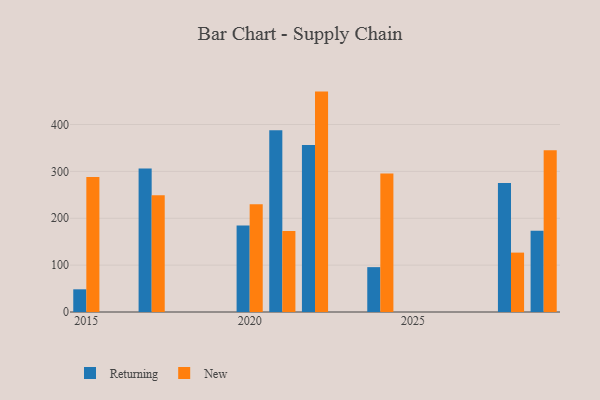
{"axis": {"x": "Year", "y": "Shipments"}, "legend": ["New", "Returning"], "data": [{"x": "2017", "y": 305.9, "type": "Returning"}, {"x": "2017", "y": 249.2, "type": "New"}, {"x": "2029", "y": 173.4, "type": "Returning"}, {"x": "2029", "y": 345.3, "type": "New"}, {"x": "2028", "y": 275.3, "type": "Returning"}, {"x": "2028", "y": 126.7, "type": "New"}, {"x": "2015", "y": 48.4, "type": "Returning"}, {"x": "2015", "y": 287.9, "type": "New"}, {"x": "2021", "y": 387.9, "type": "Returning"}, {"x": "2021", "y": 172.7, "type": "New"}, {"x": "2024", "y": 95.7, "type": "Returning"}, {"x": "2024", "y": 295.7, "type": "New"}, {"x": "2020", "y": 184.7, "type": "Returning"}, {"x": "2020", "y": 229.9, "type": "New"}, {"x": "2022", "y": 356.2, "type": "Returning"}, {"x": "2022", "y": 470.2, "type": "New"}]}